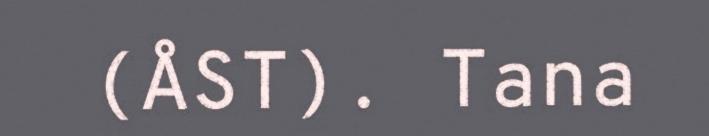
(ÅST). Tana